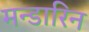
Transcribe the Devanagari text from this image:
मन्डारिन